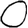
Digit: 0